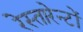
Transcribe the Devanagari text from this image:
रेस्तारेन्टों